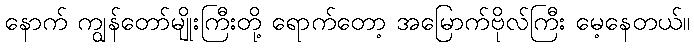
နောက် ကျွန်တော်မျိုးကြီးတို့ ရောက်တော့ အမြောက်ဗိုလ်ကြီး မေ့နေတယ်။